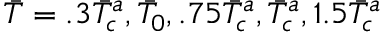
\Bar { T } = . 3 \Bar { T } _ { c } ^ { a } , \Bar { T } _ { 0 } , . 7 5 \Bar { T } _ { c } ^ { a } , \Bar { T } _ { c } ^ { a } , 1 . 5 \Bar { T } _ { c } ^ { a }